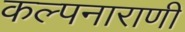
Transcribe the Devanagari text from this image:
कल्पनाराणी